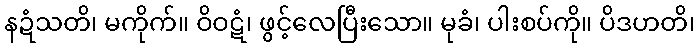
နဍံသတိ၊ မကိုက်။ ဝိဝဋံ၊ ဖွင့်လေပြီးသော။ မုခံ၊ ပါးစပ်ကို။ ပိဒဟတိ၊